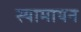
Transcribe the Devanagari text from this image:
स्यामायन